Medical and sanitary report of the native army of Bengal for the year
Year: 1876
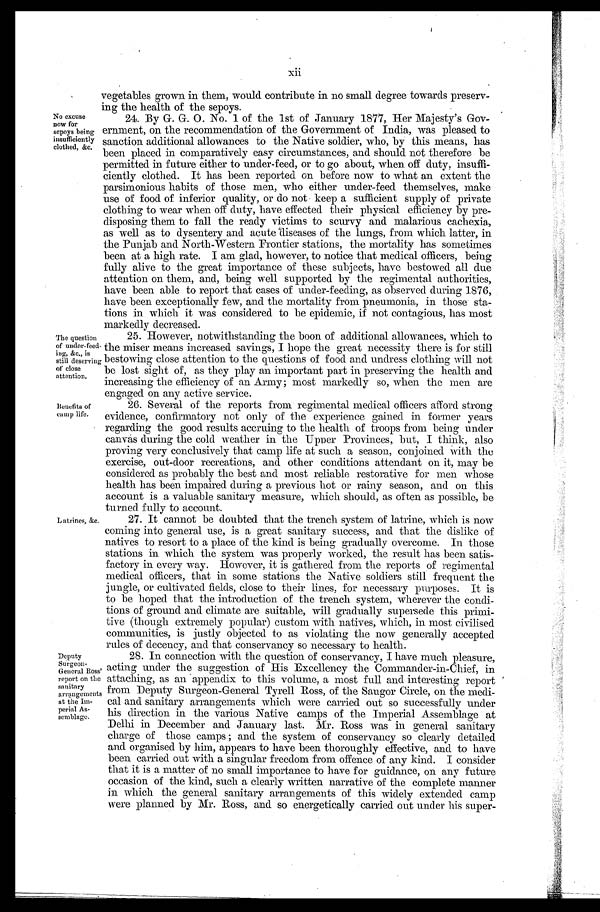
Latrines, &c.
Deputy
Surgeon-
General Ross'
report on the
sanitary
arrangements
at the Im
-perial As
-semblage.
No excuse
now for
sepoys being
insufficiently
clothed, &c.
xii
vegetables grown in them, would contribute in no small degree towards preserv
-ing the health of the sepoys.
24. By G. G. O. No. 1 of the 1st of January 1877, Her Majesty's Gov
- e r n m e n t , o n t h e r e c o m m e n d a t i o n o f t h e G o v e r n m e n t o f I n d i a , w a s p l e a s e d t o
sanction additional allowances to the Native soldier, who, by this means, has
been placed in comparatively easy circumstances, and should not therefore be
permitted in future either to under-feed, or to go about, when off duty, insuffi
-ciently clothed. It has been reported on before now to what an extent the
parsimonious habits of those men, who either under-feed themselves, make
use of food of inferior quality, or do not keep a sufficient supply of private
clothing to wear when off duty, have effected their physical efficiency by pre
-disposing them to fall the ready victims to scurvy and malarious cachexia,
as well as to dysentery and acute diseases of the lungs, from which latter, in
the Punjab and North-Western Frontier stations, the mortality has sometimes
been at a high rate. I am glad, however, to notice that medical officers, being
fully alive to the great importance of these subjects, have bestowed all due
attention on them, and, being well supported by the regimental authorities,
have been able to report that cases of under-feeding, as observed during 1876,
have been exceptionally few, and the mortality from pneumonia, in those sta
-tions in which it was considered to be epidemic, if not contagious, has most
markedly decreased.
The question
of under-feed,
ing, &c., is
still deserving
of close
attention.
Benefits of
camp life.
25. However, notwithstanding the boon of additional allowances, which to
the miser means increased savings, I hope the great necessity there is for still
bestowing close attention to the questions of food and undress clothing will not
be lost sight of, as they play an important part in preserving the health and
increasing the efficiency of an Army; most markedly so, when the men are
engaged on any active service.
26. Several of the reports from regimental medical officers afford strong
evidence, confirmatory not only of the experience gained in former years
regarding the good results accruing to the health of troops from being under
canvas during the cold weather in the Upper Provinces, but, I think, also
proving very conclusively that camp life at such a season, conjoined with the
exercise, out-door recreations, and other conditions attendant on it, may be
considered as probably the best and most reliable restorative for men whose
health has been impaired during a previous hot or rainy season, and on this
account is a valuable sanitary measure, which should, as often as possible, be
turned fully to account.
27. It cannot be doubted that the trench system of latrine, which is now
coming into general use, is a great sanitary success, and that the dislike of
natives to resort to a place of the kind is being gradually overcome. In those
stations in which the system was properly worked, the result has been satis
-factory in every way. However, it is gathered from the reports of regimental
medical officers, that in some stations the Native soldiers still frequent the
jungle, or cultivated fields, close to their lines, for necessary purposes. It is
to be hoped that the introduction of the trench system, wherever the condi
-tions of ground and climate are suitable, will gradually supersede this primi
-tive (though extremely popular) custom with natives, which, in most civilised
communities, is justly objected to as violating the now generally accepted
rules of decency, and that conservancy so necessary to health.
28. In connection with the question of conservancy, I have much pleasure,
acting under the suggestion of His Excellency the Commander-in-Chief, in
attaching, as an appendix to this volume, a most full and interesting report
from Deputy Surgeon-General Tyrell Ross, of the Saugor Circle, on the medi
-cal and sanitary arrangements which were carried out so successfully under
his direction in. the various Native camps of the Imperial Assemblage at
Delhi in December and January last. Mr. Ross was in general sanitary
charge of those camps; and the system of conservancy so clearly detailed
and organised by him, appears to have been thoroughly effective, and to have
been carried out with a singular freedom from offence of any kind. I consider
that it is a matter of no small importance to have for guidance, on any future
occasion of the kind, such a clearly written narrative of the complete manner
in which the general sanitary arrangements of this widely extended camp
were planned by Mr. Ross, and so energetically carried out under his super-